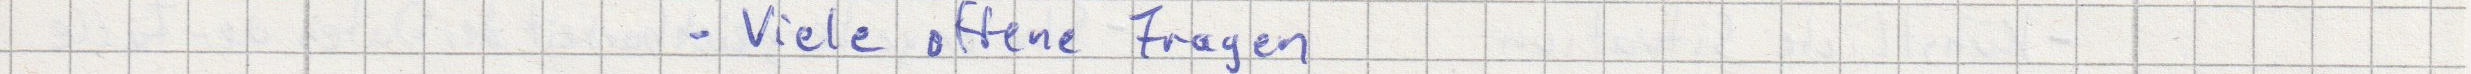
- Viele offene Fragen